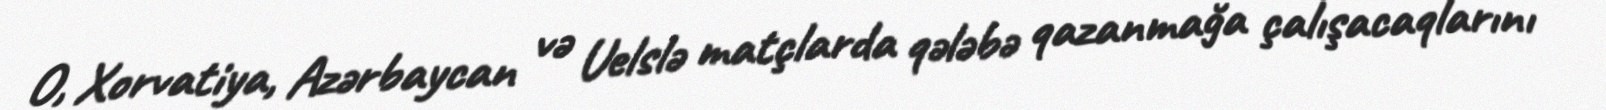
O, Xorvatiya, Azərbaycan və Uelslə matçlarda qələbə qazanmağa çalışacaqlarını